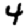
Digit: 4